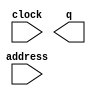
// megafunction wizard: %ROM: 1-PORT%VBB%
// GENERATION: STANDARD
// VERSION: WM1.0
// MODULE: altsyncram 

// ============================================================
// Megafunction Name(s):
// 			altsyncram
//
// Simulation Library Files(s):
// 			altera_mf
// ============================================================
// ************************************************************
// THIS IS A WIZARD-GENERATED FILE. DO NOT EDIT THIS FILE!
//
// 20.1.0 Build 711 06/05/2020 SJ Lite Edition
// ************************************************************

//Copyright (C) 2020  Intel Corporation. All rights reserved.
//Your use of Intel Corporation's design tools, logic functions 
//and other software and tools, and any partner logic 
//functions, and any output files from any of the foregoing 
//(including device programming or simulation files), and any 
//associated documentation or information are expressly subject 
//to the terms and conditions of the Intel Program License 
//Subscription Agreement, the Intel Quartus Prime License Agreement,
//the Intel FPGA IP License Agreement, or other applicable license
//agreement, including, without limitation, that your use is for
//the sole purpose of programming logic devices manufactured by
//Intel and sold by Intel or its authorized distributors.  Please
//refer to the applicable agreement for further details, at
//https://fpgasoftware.intel.com/eula.

module tobu_0 (
	address,
	clock,
	q);

	input	[15:0]  address;
	input	  clock;
	output	[7:0]  q;
`ifndef ALTERA_RESERVED_QIS
// synopsys translate_off
`endif
	tri1	  clock;
`ifndef ALTERA_RESERVED_QIS
// synopsys translate_on
`endif

endmodule

// ============================================================
// CNX file retrieval info
// ============================================================
// Retrieval info: PRIVATE: ADDRESSSTALL_A NUMERIC "0"
// Retrieval info: PRIVATE: AclrAddr NUMERIC "0"
// Retrieval info: PRIVATE: AclrByte NUMERIC "0"
// Retrieval info: PRIVATE: AclrOutput NUMERIC "0"
// Retrieval info: PRIVATE: BYTE_ENABLE NUMERIC "0"
// Retrieval info: PRIVATE: BYTE_SIZE NUMERIC "8"
// Retrieval info: PRIVATE: BlankMemory NUMERIC "0"
// Retrieval info: PRIVATE: CLOCK_ENABLE_INPUT_A NUMERIC "0"
// Retrieval info: PRIVATE: CLOCK_ENABLE_OUTPUT_A NUMERIC "0"
// Retrieval info: PRIVATE: Clken NUMERIC "0"
// Retrieval info: PRIVATE: IMPLEMENT_IN_LES NUMERIC "0"
// Retrieval info: PRIVATE: INIT_FILE_LAYOUT STRING "PORT_A"
// Retrieval info: PRIVATE: INIT_TO_SIM_X NUMERIC "0"
// Retrieval info: PRIVATE: INTENDED_DEVICE_FAMILY STRING "Cyclone IV E"
// Retrieval info: PRIVATE: JTAG_ENABLED NUMERIC "1"
// Retrieval info: PRIVATE: JTAG_ID STRING "t_1"
// Retrieval info: PRIVATE: MAXIMUM_DEPTH NUMERIC "0"
// Retrieval info: PRIVATE: MIFfilename STRING "tobu_0.mif"
// Retrieval info: PRIVATE: NUMWORDS_A NUMERIC "65536"
// Retrieval info: PRIVATE: RAM_BLOCK_TYPE NUMERIC "0"
// Retrieval info: PRIVATE: RegAddr NUMERIC "1"
// Retrieval info: PRIVATE: RegOutput NUMERIC "0"
// Retrieval info: PRIVATE: SYNTH_WRAPPER_GEN_POSTFIX STRING "0"
// Retrieval info: PRIVATE: SingleClock NUMERIC "1"
// Retrieval info: PRIVATE: UseDQRAM NUMERIC "0"
// Retrieval info: PRIVATE: WidthAddr NUMERIC "16"
// Retrieval info: PRIVATE: WidthData NUMERIC "8"
// Retrieval info: PRIVATE: rden NUMERIC "0"
// Retrieval info: LIBRARY: altera_mf altera_mf.altera_mf_components.all
// Retrieval info: CONSTANT: ADDRESS_ACLR_A STRING "NONE"
// Retrieval info: CONSTANT: CLOCK_ENABLE_INPUT_A STRING "BYPASS"
// Retrieval info: CONSTANT: CLOCK_ENABLE_OUTPUT_A STRING "BYPASS"
// Retrieval info: CONSTANT: INIT_FILE STRING "tobu_0.mif"
// Retrieval info: CONSTANT: INTENDED_DEVICE_FAMILY STRING "Cyclone IV E"
// Retrieval info: CONSTANT: LPM_HINT STRING "ENABLE_RUNTIME_MOD=YES,INSTANCE_NAME=t_1"
// Retrieval info: CONSTANT: LPM_TYPE STRING "altsyncram"
// Retrieval info: CONSTANT: NUMWORDS_A NUMERIC "65536"
// Retrieval info: CONSTANT: OPERATION_MODE STRING "ROM"
// Retrieval info: CONSTANT: OUTDATA_ACLR_A STRING "NONE"
// Retrieval info: CONSTANT: OUTDATA_REG_A STRING "UNREGISTERED"
// Retrieval info: CONSTANT: WIDTHAD_A NUMERIC "16"
// Retrieval info: CONSTANT: WIDTH_A NUMERIC "8"
// Retrieval info: CONSTANT: WIDTH_BYTEENA_A NUMERIC "1"
// Retrieval info: USED_PORT: address 0 0 16 0 INPUT NODEFVAL "address[15..0]"
// Retrieval info: USED_PORT: clock 0 0 0 0 INPUT VCC "clock"
// Retrieval info: USED_PORT: q 0 0 8 0 OUTPUT NODEFVAL "q[7..0]"
// Retrieval info: CONNECT: @address_a 0 0 16 0 address 0 0 16 0
// Retrieval info: CONNECT: @clock0 0 0 0 0 clock 0 0 0 0
// Retrieval info: CONNECT: q 0 0 8 0 @q_a 0 0 8 0
// Retrieval info: GEN_FILE: TYPE_NORMAL tobu_0.v TRUE
// Retrieval info: GEN_FILE: TYPE_NORMAL tobu_0.inc FALSE
// Retrieval info: GEN_FILE: TYPE_NORMAL tobu_0.cmp FALSE
// Retrieval info: GEN_FILE: TYPE_NORMAL tobu_0.bsf FALSE
// Retrieval info: GEN_FILE: TYPE_NORMAL tobu_0_inst.v FALSE
// Retrieval info: GEN_FILE: TYPE_NORMAL tobu_0_bb.v TRUE
// Retrieval info: LIB_FILE: altera_mf